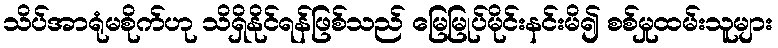
သိပ်အာရုံမစိုက်ဟု သိရှိနိုင်ရန်ဖြစ်သည် မြေမြုပ်မိုင်းနင်းမိ၍ စစ်မှုထမ်းသူများ